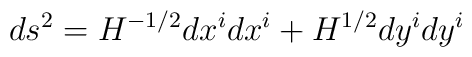
ds^2=H^{-1/2}dx^i dx^i+H^{1/2}dy^i dy^i